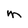
Character: M